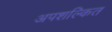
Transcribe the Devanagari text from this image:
अपशल्कित